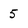
Character: 5